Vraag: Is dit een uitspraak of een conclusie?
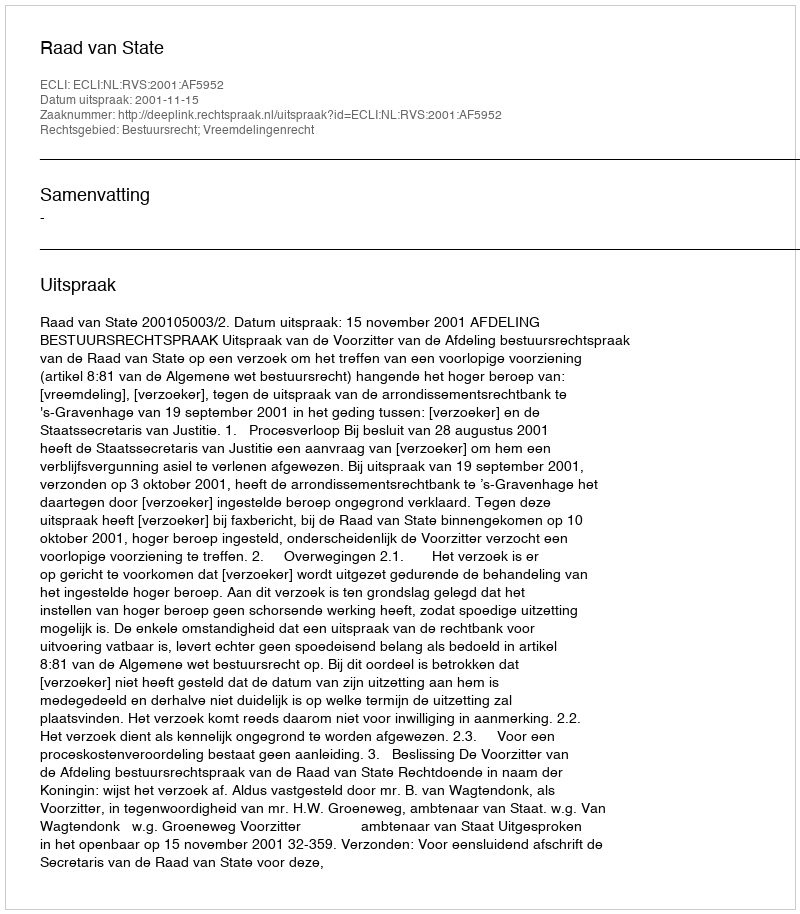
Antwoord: Uitspraak